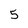
Character: 5